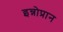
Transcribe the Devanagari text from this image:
इन्नोप्रान